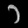
Digit: ၁